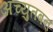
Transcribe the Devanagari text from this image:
अच्युतबन